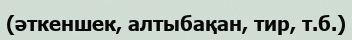
(әткеншек, алтыбақан, тир, т.б.)